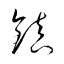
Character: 鎮